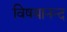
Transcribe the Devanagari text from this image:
विषयानन्द